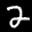
Label: 2